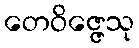
တေဝိဇ္ဇေသု